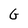
Character: G